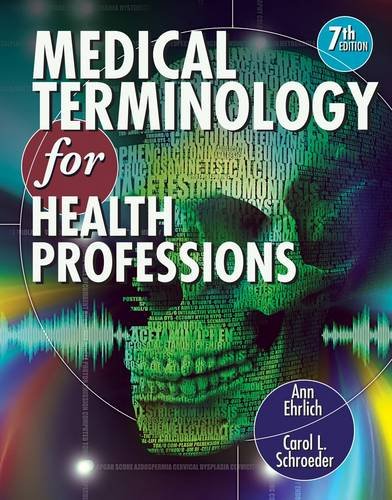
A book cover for Medical Terminology for Health Professions (with Studyware CD-ROM) (Flexible Solutions - Your Key to Success); Ann Ehrlich; Medical Books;